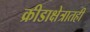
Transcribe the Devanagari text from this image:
क्रीडाक्षेत्रातही